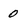
Character: 0